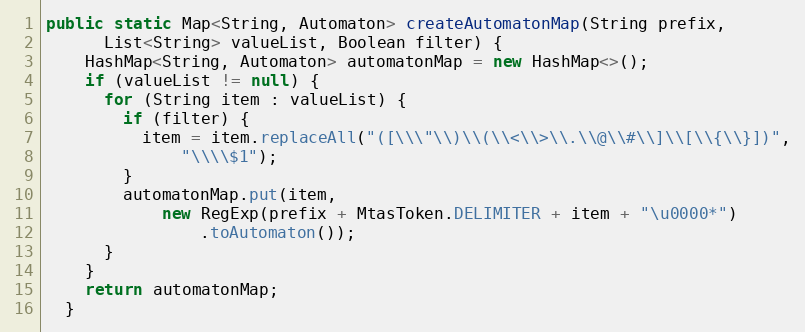
Language: Java
public static Map<String, Automaton> createAutomatonMap(String prefix,
      List<String> valueList, Boolean filter) {
    HashMap<String, Automaton> automatonMap = new HashMap<>();
    if (valueList != null) {
      for (String item : valueList) {
        if (filter) {
          item = item.replaceAll("([\\\"\\)\\(\\<\\>\\.\\@\\#\\]\\[\\{\\}])",
              "\\\\$1");
        }
        automatonMap.put(item,
            new RegExp(prefix + MtasToken.DELIMITER + item + "\u0000*")
                .toAutomaton());
      }
    }
    return automatonMap;
  }